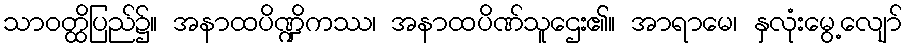
သာဝတ္ထိပြည်၌။ အနာထပိဏ္ဍိကဿ၊ အနာထပိဏ်သူဌေး၏။ အာရာမေ၊ နှလုံးမွေ့လျော်